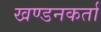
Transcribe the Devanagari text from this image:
खण्डनकर्ता